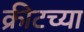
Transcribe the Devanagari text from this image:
क्रीटच्या